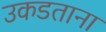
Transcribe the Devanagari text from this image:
उकडताना